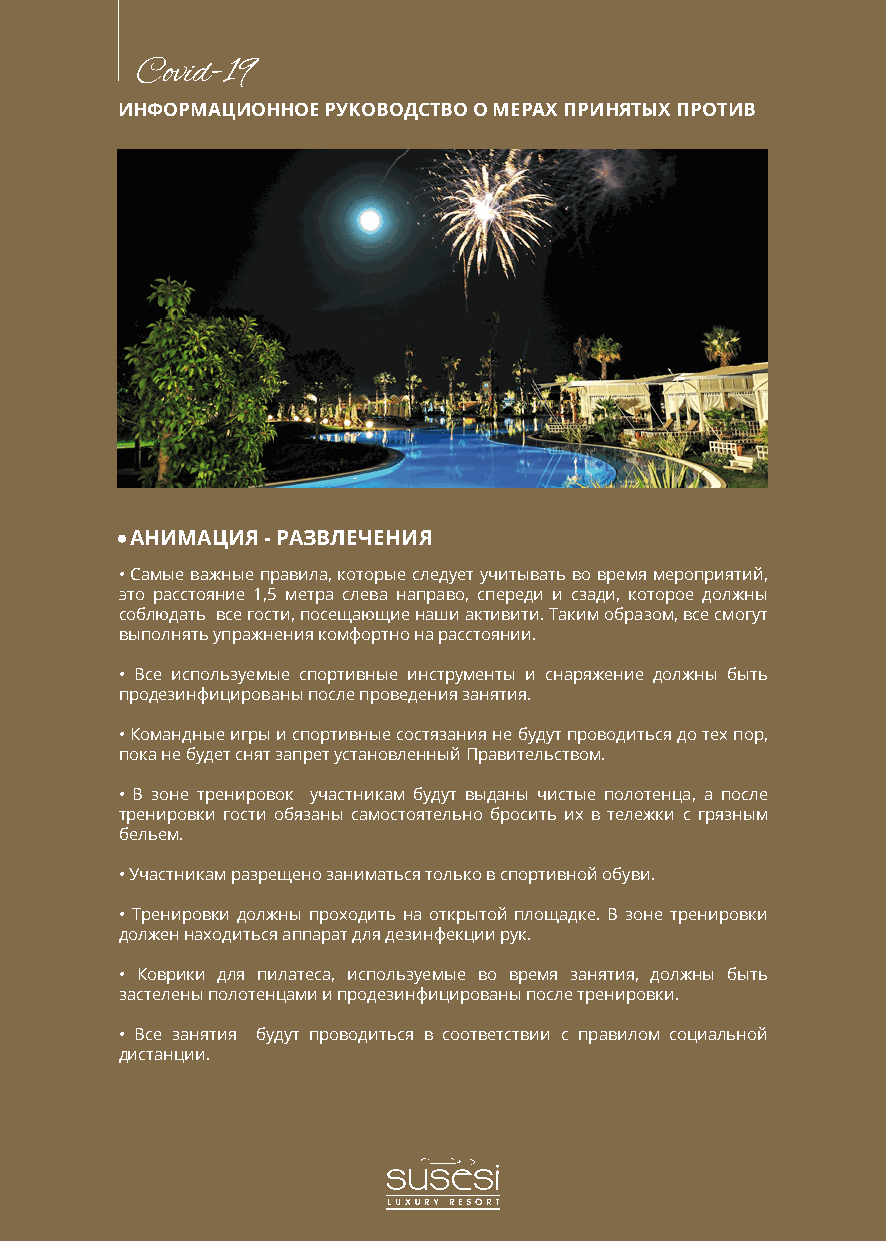
Covid-19
 ИНФОРМАЦИОННОЕ РУКОВОДСТВО О МЕРАХ ПРИНЯТЫХ ПРОТИВ
 АНИМАЦИЯ - РАЗВЛЕЧЕНИЯ
 • Самые важные правила, которые следует учитывать во время мероприятий,
 это расстояние 1,5 метра слева направо, спереди и сзади, которое должны
 соблюдать все гости, посещающие наши активити. Таким образом, все смогут
 выполнять упражнения комфортно на расстоянии.
 • Все используемые спортивные инструменты и снаряжение должны быть
 продезинфицированы после проведения занятия.
 • Командные игры и спортивные состязания не будут проводиться до тех пор,
 пока не будет снят запрет установленный Правительством.
 • В зоне тренировок участникам будут выданы чистые полотенца, а после
 тренировки гости обязаны самостоятельно бросить их в тележки с грязным
 бельем.
 • Участникам разрещено заниматься только в спортивной обуви.
 • Тренировки должны проходить на открытой площадке. В зоне тренировки
 должен находиться аппарат для дезинфекции рук.
 • Коврики для пилатеса, используемые во время занятия, должны быть
 застелены полотенцами и продезинфицированы после тренировки.
 • Все занятия будут проводиться в соответствии с правилом социальной
 дистанции.